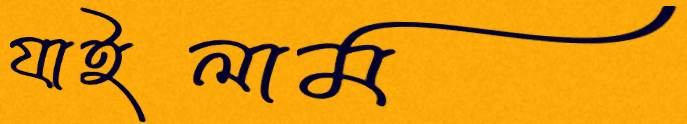
যাইলাম